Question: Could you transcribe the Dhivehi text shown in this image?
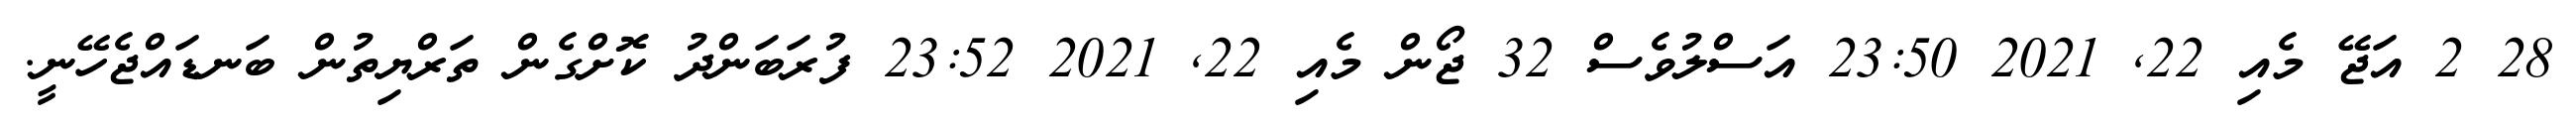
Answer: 28 2 އަޖޭ މެއި 22, 2021 23:50 އަސްލުވެސް 32 ޖޯން މެއި 22, 2021 23:52 ފުރަބަންދު ކޮށްގެން ތަރްޔިތުން ބަނޑައްޖެހޭނީ.